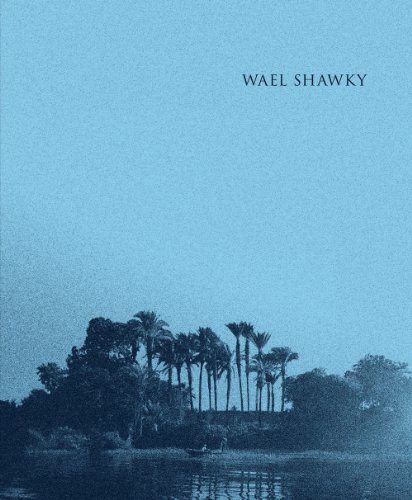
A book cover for Wael Shawky: Al Araba Al Madfuna; Carolyn Christov-Bakargiev; Arts & Photography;